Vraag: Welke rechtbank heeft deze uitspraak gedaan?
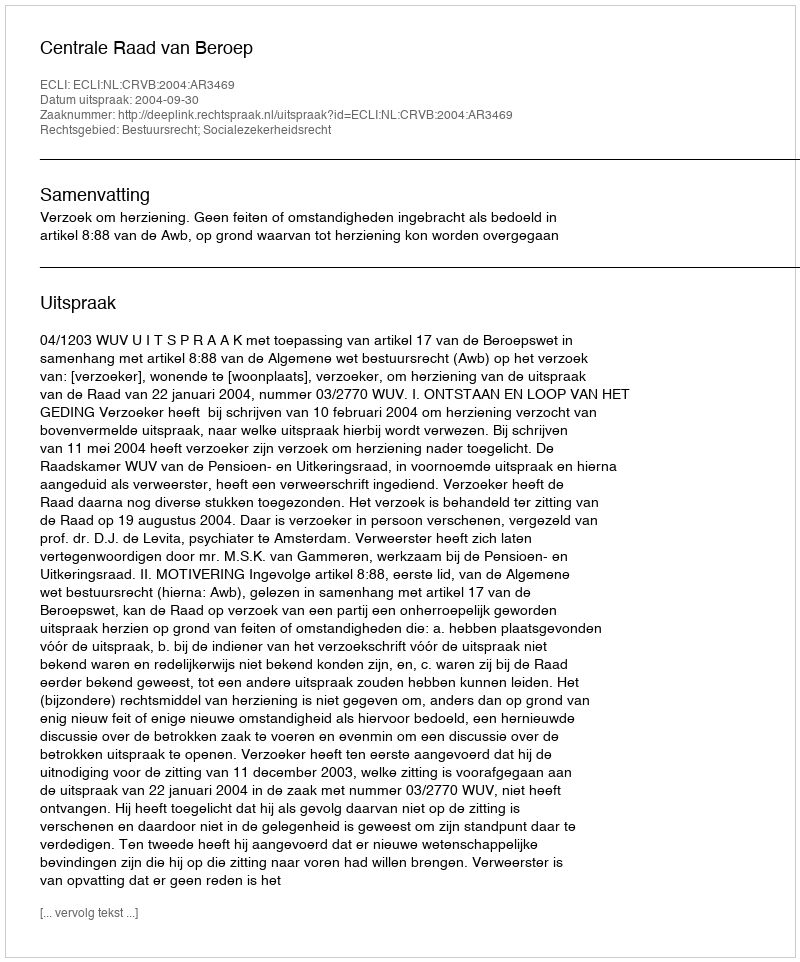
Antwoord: Centrale Raad van Beroep